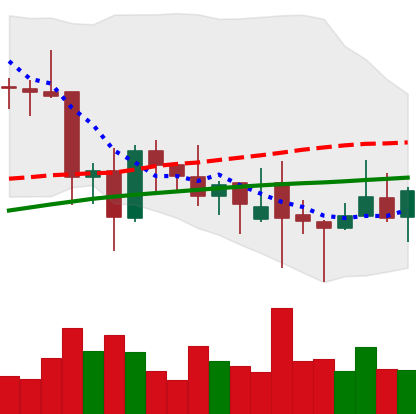
Ticker: XLM-USD
Chart end date: 2021-12-02
Forward return: -15.112%
Label: down_7plus